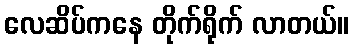
လေဆိပ်ကနေ တိုက်ရိုက် လာတယ်။